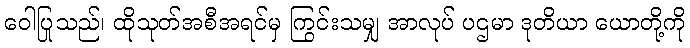
ဝေါပြုသည်၊ ထိုသုတ်အစီအရင်မှ ကြွင်းသမျှ အာလုပ် ပဌမာ ဒုတိယာ ယောတို့ကို